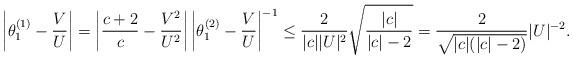
LaTeX: \begin{align*}\left\vert \theta_{1}^{(1)}-\frac{V}{U}\right\vert =\left\vert \frac{c+2}{c}-\frac{V^{2}}{U^{2}}\right\vert \left\vert \theta_{1}^{(2)}-\frac{V}{U}\right\vert ^{-1}\leq\frac{2}{|c||U|^{2}}\sqrt{\frac{|c|}{|c|-2}}=\frac{2}{\sqrt{|c|(|c|-2)}}|U|^{-2}.\end{align*}